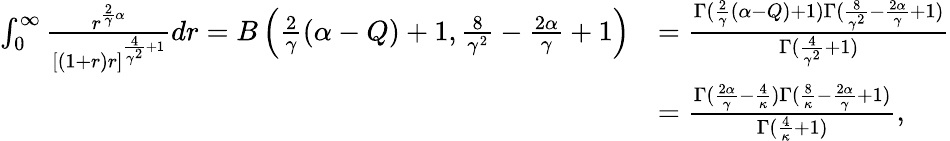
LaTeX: \begin{array}{rl}{\int_{0}^{\infty}\frac{r^{\frac{2}{\gamma}\alpha}}{[(1+r)r]^{\frac{4}{\gamma^{2}}+1}}dr=B\left(\frac{2}{\gamma}(\alpha-Q)+1,\frac{8}{\gamma^{2}}-\frac{2\alpha}{\gamma}+1\right)}&{=\frac{\Gamma(\frac{2}{\gamma}(\alpha-Q)+1)\Gamma(\frac{8}{\gamma^{2}}-\frac{2\alpha}{\gamma}+1)}{\Gamma(\frac{4}{\gamma^{2}}+1)}}\\ &{=\frac{\Gamma(\frac{2\alpha}{\gamma}-\frac{4}{\kappa})\Gamma(\frac{8}{\kappa}-\frac{2\alpha}{\gamma}+1)}{\Gamma(\frac{4}{\kappa}+1)},}\end{array}